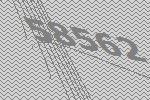
58562